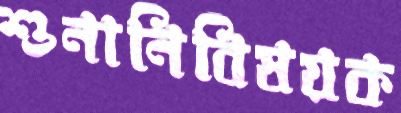
শুনানিবিষয়ক